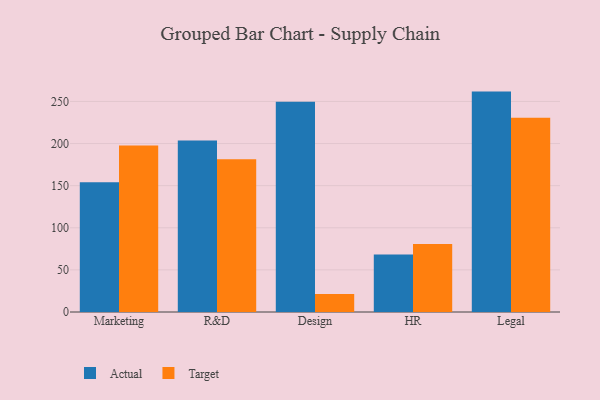
{"axis": {"x": "Department", "y": "Gross Profit (USD K)"}, "legend": ["Actual", "Target"], "data": [{"x": "Marketing", "y": 154.0, "type": "Actual"}, {"x": "Marketing", "y": 197.8, "type": "Target"}, {"x": "R&D", "y": 203.6, "type": "Actual"}, {"x": "R&D", "y": 181.5, "type": "Target"}, {"x": "Design", "y": 249.7, "type": "Actual"}, {"x": "Design", "y": 21.5, "type": "Target"}, {"x": "HR", "y": 68.2, "type": "Actual"}, {"x": "HR", "y": 80.7, "type": "Target"}, {"x": "Legal", "y": 261.7, "type": "Actual"}, {"x": "Legal", "y": 230.6, "type": "Target"}]}